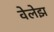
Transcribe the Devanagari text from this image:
वेलेझ